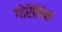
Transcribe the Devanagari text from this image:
गोरेनिंक